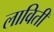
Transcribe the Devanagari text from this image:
लाविती